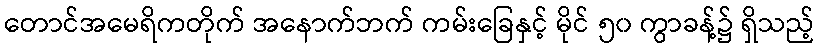
တောင်အမေရိကတိုက် အနောက်ဘက် ကမ်းခြေနှင့် မိုင် ၅၀ ကွာခန့်၌ ရှိသည့်